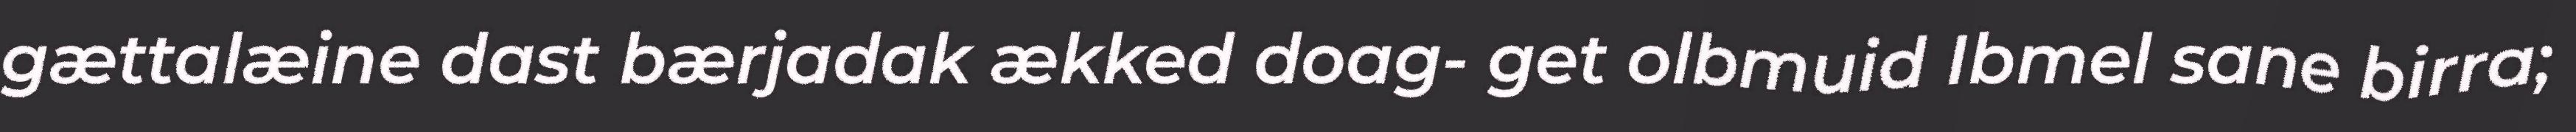
gættalæine dast bærjadak ækked doag- get olbmuid Ibmel sane birra;